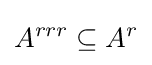
A^{rrr}\subseteq A^{r}